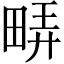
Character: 𬏇